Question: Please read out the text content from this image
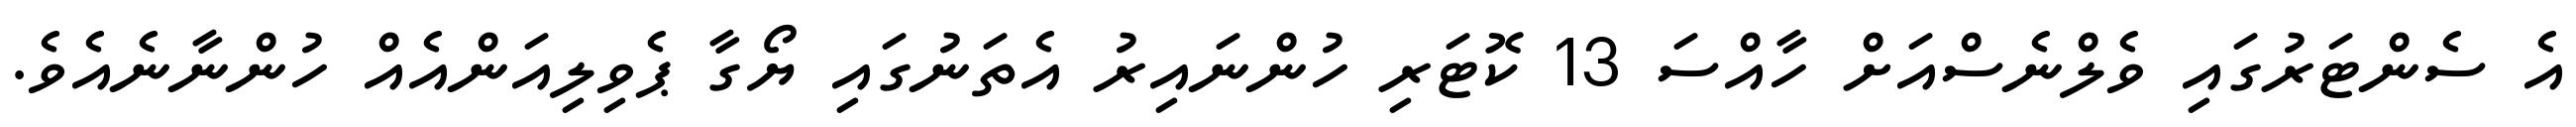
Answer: އެ ސެންޓަރުގައި ވެލްނެސްއަށް ހާއްސަ 13 ކޮޓަރި ހުންނައިރު އެތަނުގައި ޔޯގާ ޕެވިލިއަންއެއް ހުންނާނެއެވެ.